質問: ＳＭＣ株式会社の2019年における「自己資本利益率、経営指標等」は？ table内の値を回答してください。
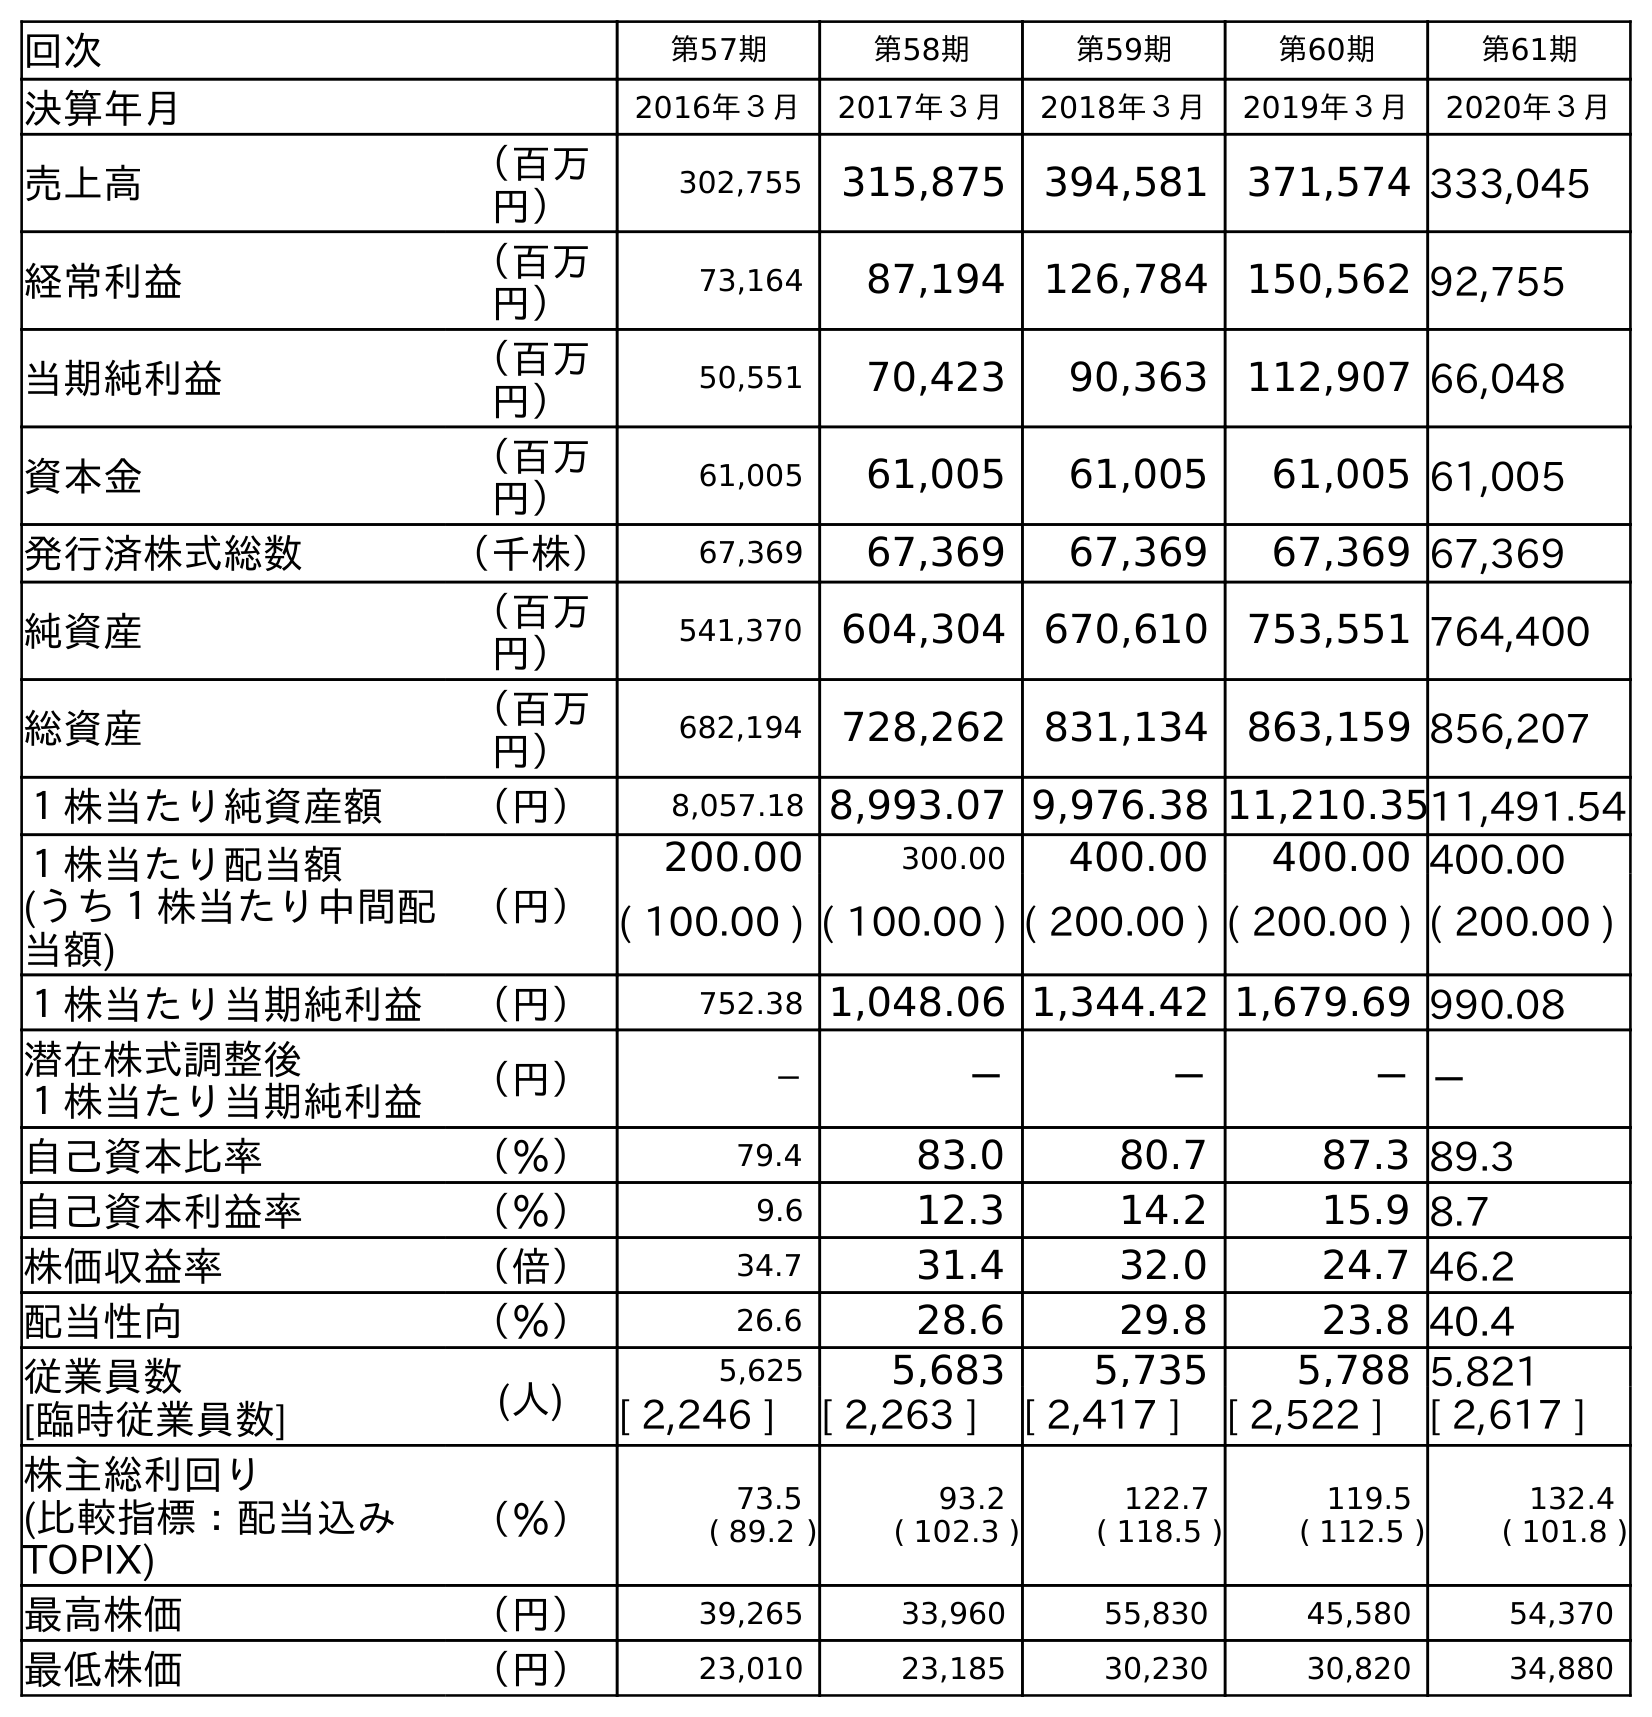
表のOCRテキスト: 回次 第57期 第58期 第59期 第60期 第61期 決算年月 2016年３月 2017年３月 2018年３月 2019年３月 2020年３月 売上高 （百万 円） 302,755 315,875 394,581 371,574 333,045 経常利益 （百万 円） 73,164 87,194 126,784 150,562 92,755 当期純利益 （百万 円） 50,551 70,423 90,363 112,907 66,048 資本金 （百万 円） 61,005 61,005 61,005 61,005 61,005 発行済株式総数 （千株） 67,369 67,369 67,369 67,369 67,369 純資産 （百万 円） 541,370 604,304 670,610 753,551 764,400 総資産 （百万 円） 682,194 728,262 831,134 863,159 856,207 １株当たり純資産額 （円） 8,057.18 8,993.07 9,976.38 11,210.3511,491.54 １株当たり配当額 (うち１株当たり中間配 当額) （円） 200.00 300.00 400.00 400.00 400.00 ( 100.00 ) ( 100.00 ) ( 200.00 ) ( 200.00 ) ( 200.00 ) １株当たり当期純利益 （円） 752.38 1,048.06 1,344.42 1,679.69 990.08 潜在株式調整後 １株当たり当期純利益 （円） － － － －－ 自己資本比率 （％） 79.4 83.0 80.7 87.3 89.3 自己資本利益率 （％） 9.6 12.3 14.2 15.9 8.7 株価収益率 （倍） 34.7 31.4 32.0 24.7 46.2 配当性向 （％） 26.6 28.6 29.8 23.8 40.4 従業員数 [臨時従業員数] (人) 5,625 5,683 5,735 5,788 5,821 [ 2,246 ] [ 2,263 ] [ 2,417 ] [ 2,522 ] [ 2,617 ] 株主総利回り (比較指標：配当込み TOPIX) （％） 73.5 ( 89.2 ) 93.2 ( 102.3 ) 122.7 ( 118.5 ) 119.5 ( 112.5 ) 132.4 ( 101.8 ) 最高株価 （円） 39,265 33,960 55,830 45,580 54,370 最低株価 （円） 23,010 23,185 30,230 30,820 34,880
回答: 15.9